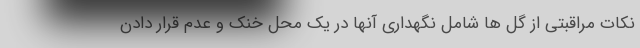
نکات مراقبتی از گل ها شامل نگهداری آنها در یک محل خنک و عدم قرار دادن